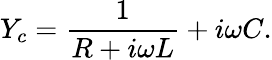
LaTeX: Y_{c}=\frac{1}{R+i\omega L}+i\omega C.